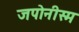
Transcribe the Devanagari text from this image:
जपोनीस्म